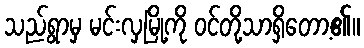
သည်ရွာမှ မင်းလှမြို့ကို ဝင်တို့သာရှိတော့၏။